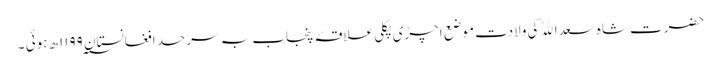
حضرت شاہ سعداﷲؒ کی ولادت موضع اچڑی پکلی علاقۂ پنجاب بہ سرحد افغانستان ۱۱۹۹؁ھ ہوئی ۔